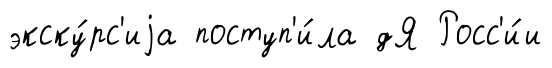
экску́рс'иjа поступ'и́ла дЯ Росс'и́и